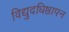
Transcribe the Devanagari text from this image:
विद्युदधिष्ठापन